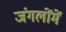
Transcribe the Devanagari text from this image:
जंगलोंमें